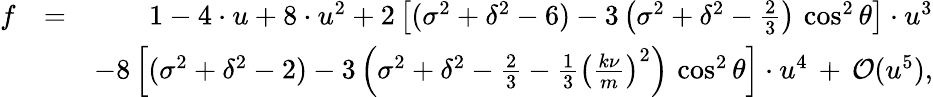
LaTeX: \begin{array}{rlr}{f}&{=}&{1-4\cdot u+8\cdot u^{2}+2\left[(\sigma^{2}+\delta^{2}-6)-3\left(\sigma^{2}+\delta^{2}-\frac{2}{3}\right)\, \cos^{2}\theta\right]\cdot u^{3}}\\ &{}&{-8\left[(\sigma^{2}+\delta^{2}-2)-3\left(\sigma^{2}+\delta^{2}-\frac{2}{3}-\frac{1}{3}\left(\frac{k\nu}{m}\right)^{2}\right)\, \cos^{2}\theta\right]\cdot u^{4}\, +\, {\cal O}(u^{5}),}\end{array}